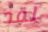
لقد